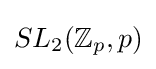
SL_{2}(\mathbb {Z} _{p},p)